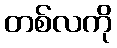
တစ်လကို